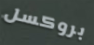
بروكسل